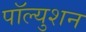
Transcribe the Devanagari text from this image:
पॉल्युशन